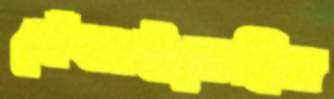
খেঁকাইতেছিস